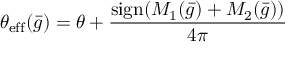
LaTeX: \theta _ { \mathrm { e f f } } ( { \bar { g } } ) = \theta + { \frac { \mathrm { s i g n } ( M _ { 1 } ( { \bar { g } } ) + M _ { 2 } ( { \bar { g } } ) ) } { 4 \pi } }